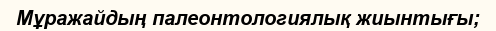
Мұражайдың палеонтологиялық жиынтығы;